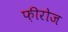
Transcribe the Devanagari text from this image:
फ़ीरोज